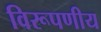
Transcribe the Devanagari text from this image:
विरूपणीय